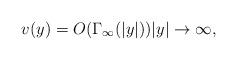
LaTeX: \begin{align*} v(y) = O(\Gamma_\infty(|y|))|y|\to \infty,\end{align*}